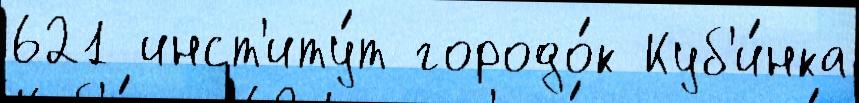
621 инст'иту́т городо́к Куб'и́нка